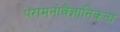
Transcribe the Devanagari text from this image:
परामनोवैज्ञानिकता